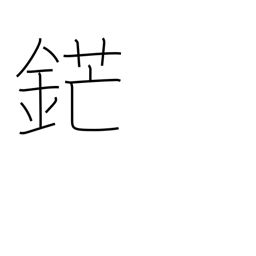
Meaning: sword point